French assistants in Scottish schools and training centres, 1923
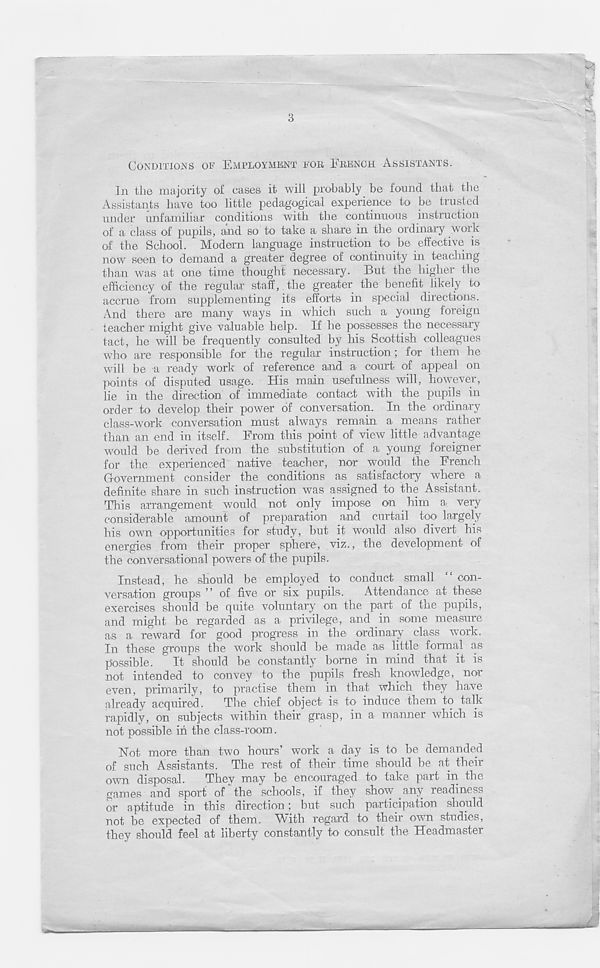
3
CONDITIONS OF EMPLOYMENT FOR FRENCH ASSISTANTS.
In the majority of cases it will probably be found that the
Assistants have too little pedagogical experience to be trusted
under unfamiliar conditions with the continuous instruction
of a class of pupils, and so to take a share in the ordinary work
of the School. Modern language instruction to be effective is
now seen to demand a greater degree of continuity in teaching
than was at one time thought necessary. But the higher the
efficiency of the regular staff, the greater the benefit likely to
accrue from supplementing its efforts in special directions.
And there are many ways in which such a young foreign
teacher might give valuable help. If he possesses the necessary
tact, he will be frequently consulted by his Scottish colleagues
who are responsible for the regular instruction; for them he
will be a ready work of reference and a court of appeal on
points of disputed usage. His main usefulness will, however,
lie in the direction of immediate contact with the pupils in
order to develop their power of conversation. In the ordinary
class-work conversation must always remain a means rather
than an end in itself. From this point of view little advantage
would be derived from the substitution of a young foreigner
for the experienced native teacher, nor would the French
Government consider the conditions as satisfactory where a
definite share in such instruction was assigned to the Assistant.
This arrangement would not only impose on him a very
considerable amount of preparation and curtail too largely
his own opportunities for study, but it would also divert his
energies from their proper sphere, viz., the development of
the conversational powers of the pupils.
Instead, he should be employed to conduct small
con-
versation groups ” of five or six pupils.
Attendance at these
exercises should be quite voluntary on the part of tne pupils,
and might be regarded as a privilege, and in some measure
as a reward for good progress in the ordinary class work.
In these groups the work should be made, as little formal as
possible. It should be constantly borne in mind that it is
not intended to convey to the pupils fresh knowledge, nor
even, primarily, to practise them in that which they have
already acquired.
The chief object is to' induce them to talk
rapidly, on subjects within their grasp, in a manner which is
not possible in the class-room.
Not more than two hours’ work a day is to be demanded
of such Assistants. The rest of their time should be at their
own disposal.
Thev may be encouraged to take part in the
games and sport of ’ the schools, if they show any readiness
or aptitude in this direction; but such participation should
not be expected of them. 'With regard to their own studies,
they should feel at liberty constantly to consult the Headmaster